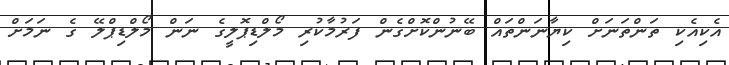
އެކިއެކި ތަންތަނަށް ކިޔާނަންތައް ބޭނުންކޮށްގެން ފަރުމާކުރި މޯލްޑިޕޮލީގެ ނަން މޯލްޑިޕްލޭ ގެ ނަމަށް